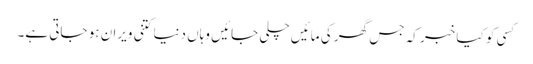
کسی کو کیا خبر کہ جس گھر کی مائیں چلی جائیں وہاں دنیا کتنی ویران ہو جاتی ہے۔